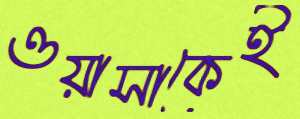
ওয়াসাকেই